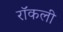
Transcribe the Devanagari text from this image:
रॉकली